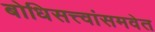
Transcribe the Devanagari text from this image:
बोधिसत्त्वांसमवेत